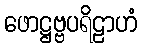
ဖောဋ္ဌဗ္ဗပရိဠာဟံ